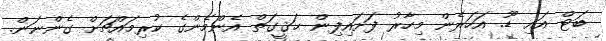
ބަޓް އައި ޑޫ. އަހަރެން މިހާރު ފަށައިފިން ޙަޤީގަތް އެންމެންގެ ކުރިމައްޗަށް ގެންނަން.